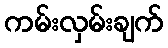
ကမ်းလှမ်းချက်